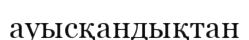
ауысқандықтан